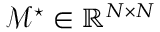
\mathcal { M } ^ { \star } \in \mathbb { R } ^ { N \times N }